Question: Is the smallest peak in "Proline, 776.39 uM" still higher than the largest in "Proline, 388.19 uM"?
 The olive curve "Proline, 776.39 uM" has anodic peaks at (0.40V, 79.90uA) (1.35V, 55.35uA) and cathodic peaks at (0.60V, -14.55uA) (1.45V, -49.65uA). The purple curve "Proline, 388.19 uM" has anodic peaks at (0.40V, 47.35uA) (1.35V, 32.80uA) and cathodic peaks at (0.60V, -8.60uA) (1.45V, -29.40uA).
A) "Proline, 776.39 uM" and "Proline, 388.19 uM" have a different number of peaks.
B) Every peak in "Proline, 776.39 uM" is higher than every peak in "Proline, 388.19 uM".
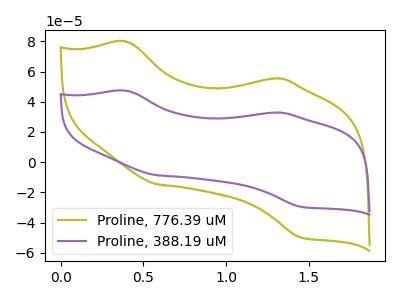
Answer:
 <answer>B) Every peak in "Proline, 776.39 uM" is higher than every peak in "Proline, 388.19 uM".</answer>
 <eval>B</eval>